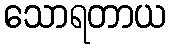
သောရတာယ